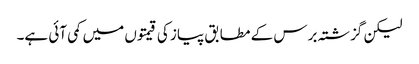
لیکن گزشتہ برس کے مطابق پیاز کی قیمتوں میں کمی آئی ہے۔